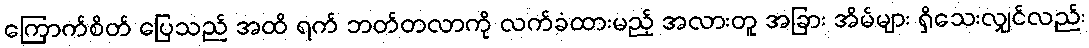
ကြောက်စိတ် ပြေသည် အထိ ရက် ဘတ်တလာကို လက်ခံထားမည့် အလားတူ အခြား အိမ်များ ရှိသေးလျှင်လည်း